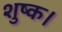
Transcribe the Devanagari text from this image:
शुष्क।